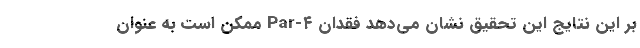
بر این نتایج این تحقیق نشان می‌دهد فقدان Par-۴ ممکن است به‌ عنوان